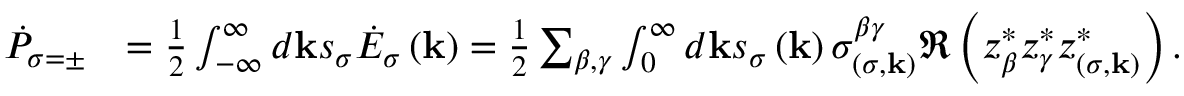
\begin{array} { r l } { \dot { P } _ { \sigma = \pm } } & { = \frac { 1 } { 2 } \int _ { - \infty } ^ { \infty } d \mathbf { k } s _ { \sigma } \dot { E } _ { \sigma } \left( \mathbf { k } \right) = \frac { 1 } { 2 } \sum _ { \beta , \gamma } \int _ { 0 } ^ { \infty } d \mathbf { k } s _ { \sigma } \left( \mathbf { k } \right) \sigma _ { \left( \sigma , \mathbf { k } \right) } ^ { \beta \gamma } \Re \left( z _ { \beta } ^ { * } z _ { \gamma } ^ { * } z _ { \left( \sigma , \mathbf { k } \right) } ^ { * } \right) . } \end{array}